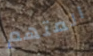
المتهم